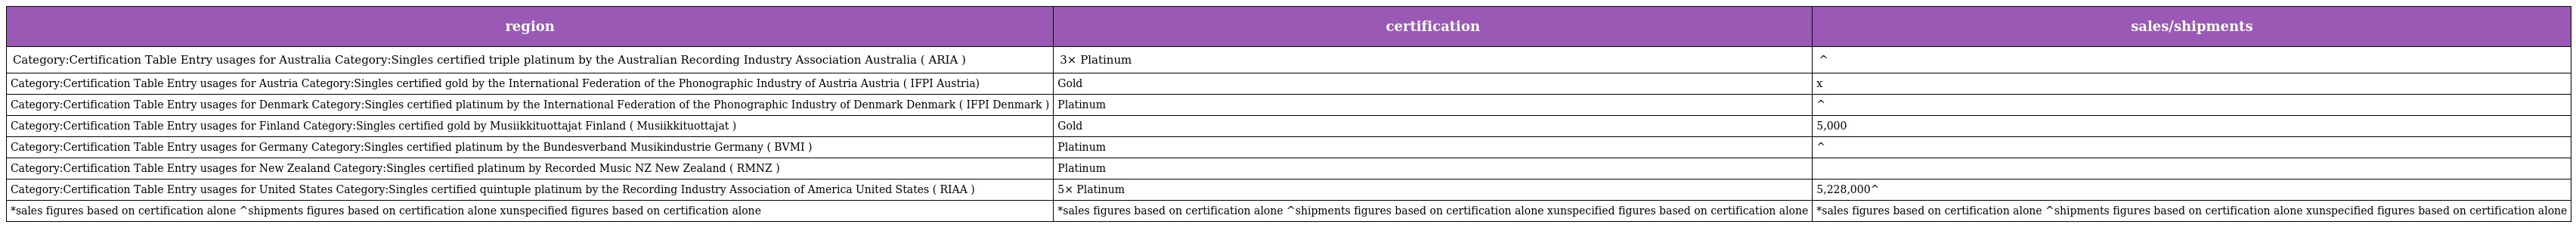
| region | certification | sales/shipments |
 | --- | --- | --- |
 | Category:Certification Table Entry usages for Australia Category:Singles certified triple platinum by the Australian Recording Industry Association Australia ( ARIA ) | 3× Platinum | ^ |
 | Category:Certification Table Entry usages for Austria Category:Singles certified gold by the International Federation of the Phonographic Industry of Austria Austria ( IFPI Austria) | Gold | x |
 | Category:Certification Table Entry usages for Denmark Category:Singles certified platinum by the International Federation of the Phonographic Industry of Denmark Denmark ( IFPI Denmark ) | Platinum | ^ |
 | Category:Certification Table Entry usages for Finland Category:Singles certified gold by Musiikkituottajat Finland ( Musiikkituottajat ) | Gold | 5,000 |
 | Category:Certification Table Entry usages for Germany Category:Singles certified platinum by the Bundesverband Musikindustrie Germany ( BVMI ) | Platinum | ^ |
 | Category:Certification Table Entry usages for New Zealand Category:Singles certified platinum by Recorded Music NZ New Zealand ( RMNZ ) | Platinum |  |
 | Category:Certification Table Entry usages for United States Category:Singles certified quintuple platinum by the Recording Industry Association of America United States ( RIAA ) | 5× Platinum | 5,228,000^ |
 | *sales figures based on certification alone ^shipments figures based on certification alone xunspecified figures based on certification alone | *sales figures based on certification alone ^shipments figures based on certification alone xunspecified figures based on certification alone | *sales figures based on certification alone ^shipments figures based on certification alone xunspecified figures based on certification alone |